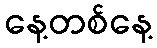
နေ့တစ်နေ့